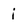
Character: i